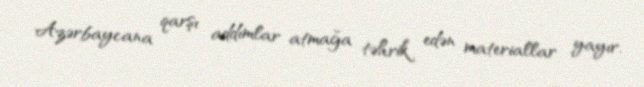
Azərbaycana qarşı addımlar atmağa təhrik edən materiallar yayır.